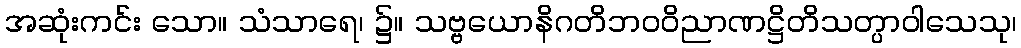
အဆုံးကင်း သော။ သံသာရေ၊ ၌။ သဗ္ဗယောနိဂတိဘဝဝိညာဏဋ္ဌိတိသတ္ပာဝါသေသု၊